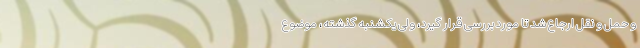
و حمل و نقل ارجاع شد تا مورد بررسی قرار گیرد، ولی یکشنبه گذشته، موضوع